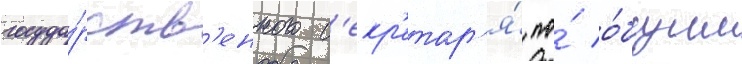
госуда́рств'енного с'екр'етар'я́ по́ о́бщим